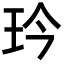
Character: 玪